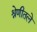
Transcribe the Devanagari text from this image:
श्रेणीतले